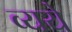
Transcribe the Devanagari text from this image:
व्यये